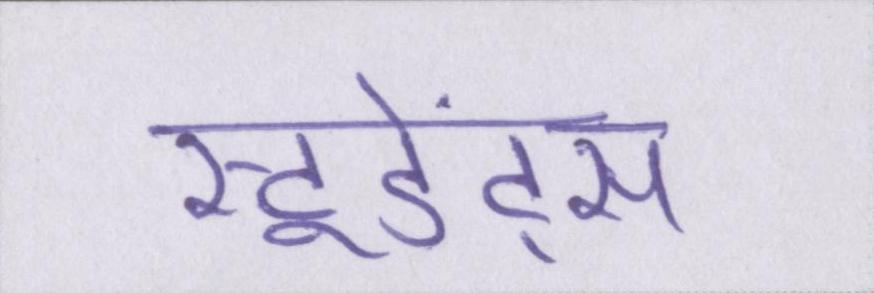
स्टूडेंट्स